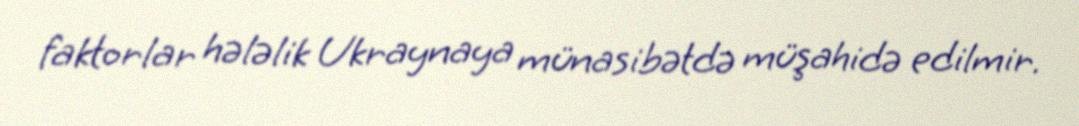
faktorlar hələlik Ukraynaya münasibətdə müşahidə edilmir.